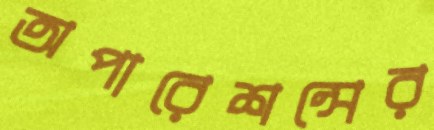
অপারেশন্সের